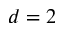
d = 2